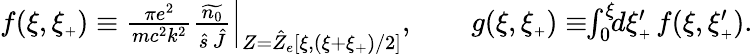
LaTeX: \begin{array}{r}{f(\xi,\xi_{{\scriptscriptstyle+}})\equiv\frac{\pi e^{2}}{mc^{2}k^{2}}\left.\frac{\widetilde{n_{0}}}{\hat{s}\, \hat{J}}\right\vert_{Z=\hat{Z}_{e}\left[\xi,(\xi+\xi_{{\scriptscriptstyle+}})/2\right]},\qquad g(\xi,\xi_{{\scriptscriptstyle+}})\equiv\! \! \int_{0}^{\xi}\! \! d\xi_{{\scriptscriptstyle+}}^{\prime}\, f(\xi,\xi_{{\scriptscriptstyle+}}^{\prime}).}\end{array}